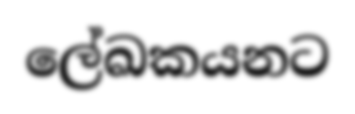
ලේඛකයනට